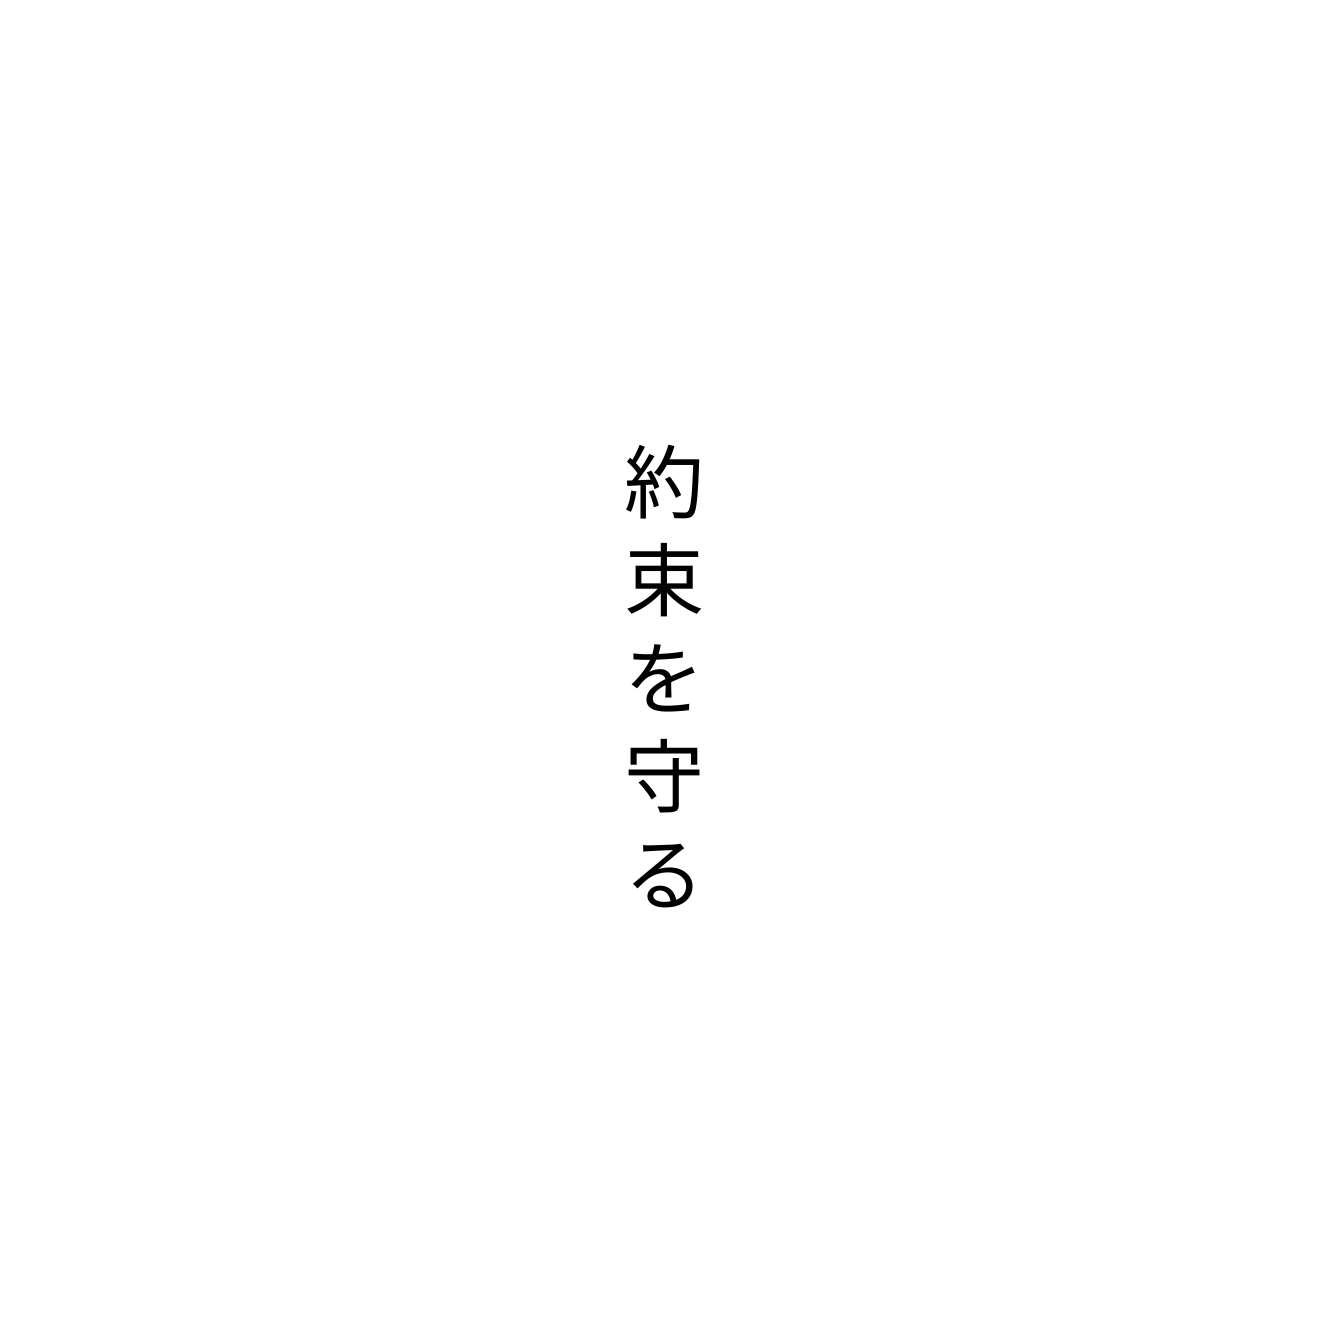
約束を守る